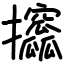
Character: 攨